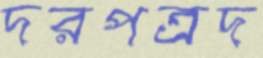
দরপত্রদ